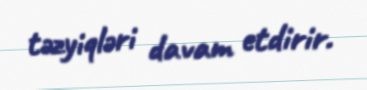
təzyiqləri davam etdirir.